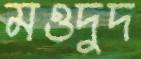
মওদুদ